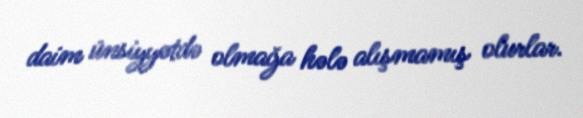
daim ünsiyyətdə olmağa hələ alışmamış olurlar.